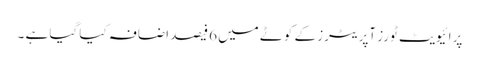
پرائیویٹ ٹورز آپریٹرز کے کوٹے میں 6فیصد اضافہ کیا گیا ہے ۔